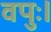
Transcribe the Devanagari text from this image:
वपुः।